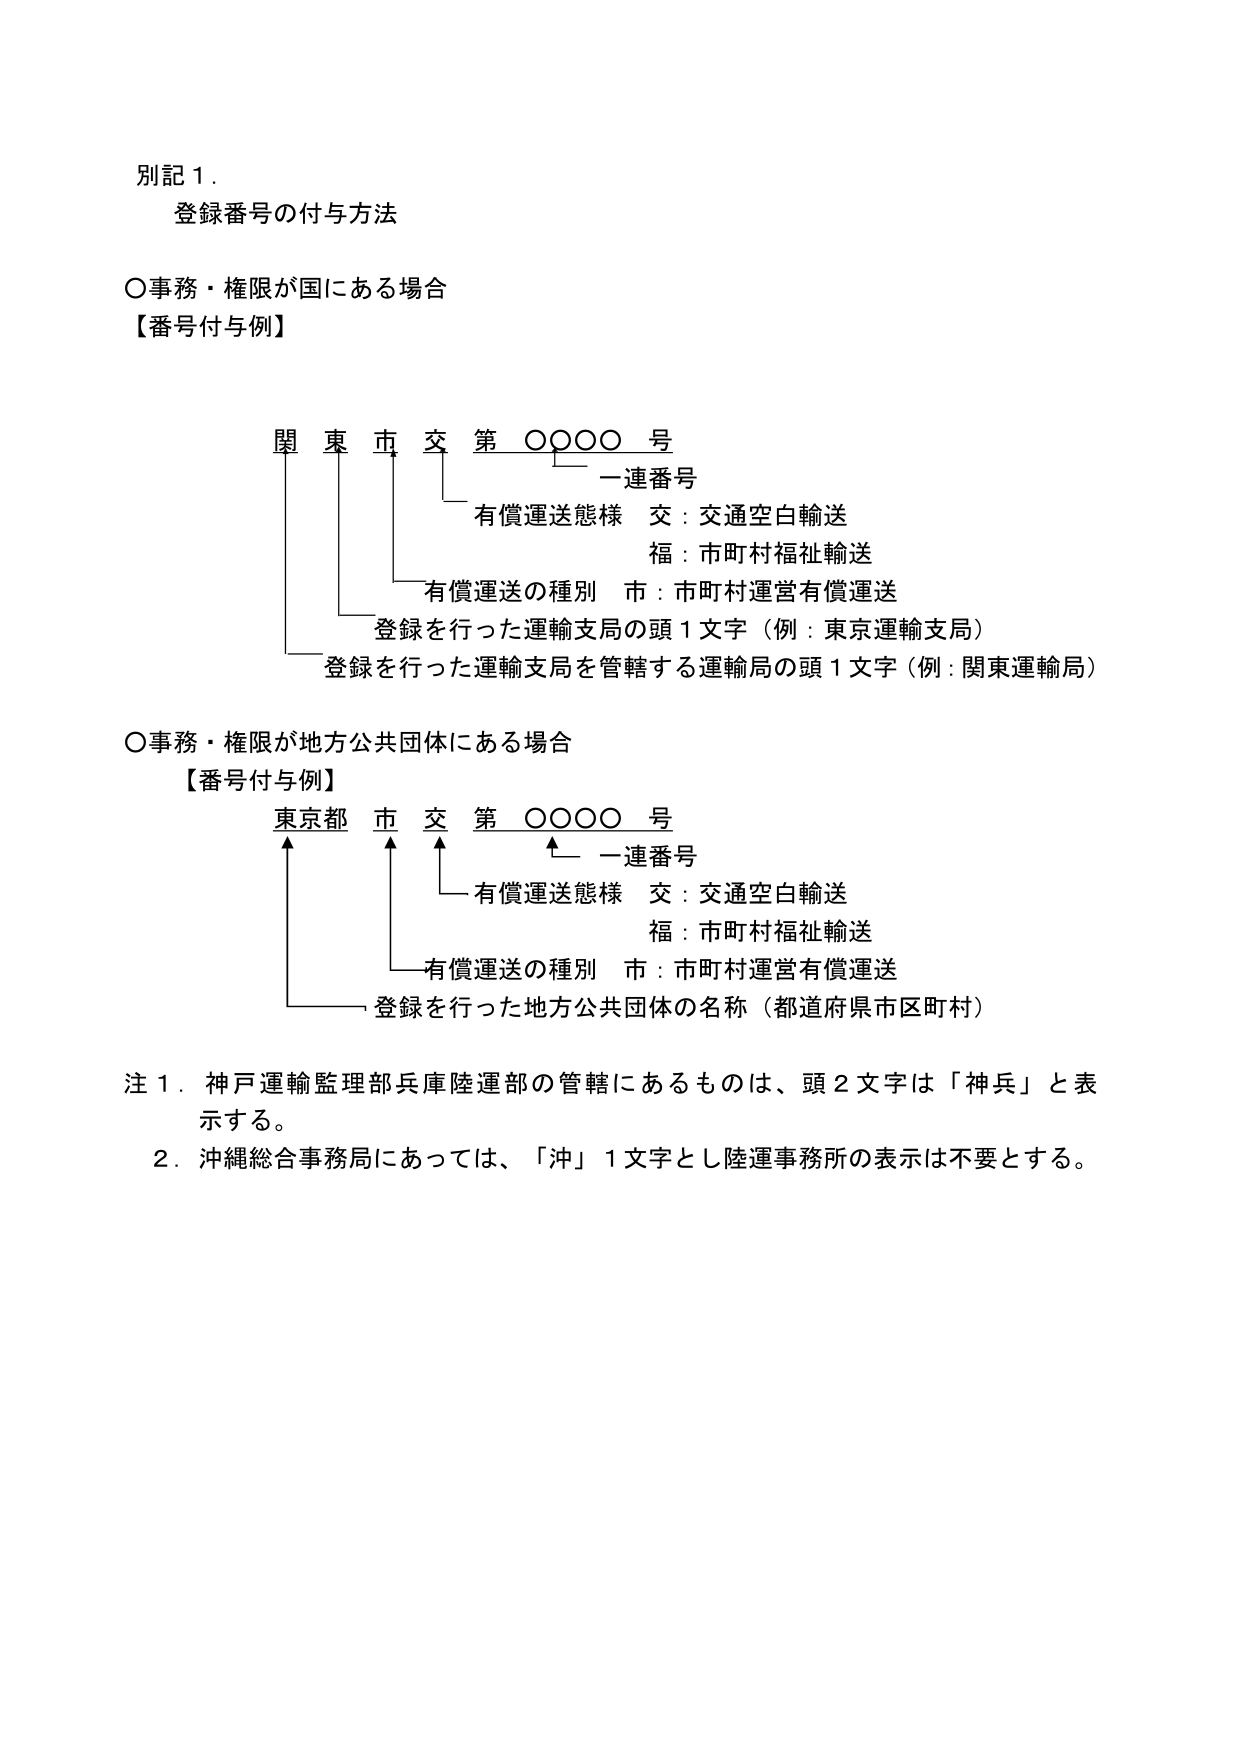
別記１．
登録番号の付与方法

○事務・権限が国にある場合
【番号付与例】

関 東 市 交 第 ○○○○ 号
　　一連番号
　　有償運送態様　交：交通空白輸送
　　　　　　　　　福：市町村福祉輸送
　　有償運送の種別　市：市町村運営有償運送
　　登録を行った運輸支局の頭１文字（例：東京運輸支局）
　　登録を行った運輸支局を管轄する運輸局の頭１文字（例：関東運輸局）

○事務・権限が地方公共団体にある場合
【番号付与例】

東京都 市 交 第 ○○○○ 号
　　一連番号
　　有償運送態様　交：交通空白輸送
　　　　　　　　　福：市町村福祉輸送
　　有償運送の種別　市：市町村運営有償運送
　　登録を行った地方公共団体の名称（都道府県市区町村）

注１．神戸運輸監理部兵庫陸運部の管轄にあるものは、頭２文字は「神兵」と表示する。
　２．沖縄総合事務局にあっては、「沖」１文字とし陸運事務所の表示は不要とする。